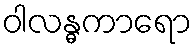
ဝါလန္ဓကာရော